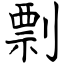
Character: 剽